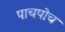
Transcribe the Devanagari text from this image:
पाचपोच